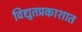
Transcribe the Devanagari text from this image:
विद्युतप्रकाशात